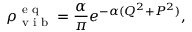
\rho _ { \textrm { v i b } } ^ { \textrm { e q } } = \frac { \alpha } { \pi } e ^ { - \alpha ( Q ^ { 2 } + P ^ { 2 } ) } ,